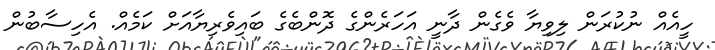
ހީއެއް ނުކުރަން ލިވިޔާ ވެގެން ދާނީ އަހަރެންގެ ދޮންބެގެ ބައިވެރިޔާއަށް ކަމެއް. އެހިސާބުން